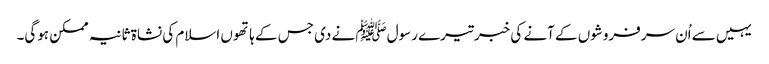
یہیں سے اُن سرفروشوں کے آنے کی خبر تیرے رسولﷺ نے دی جس کے ہاتھوں اسلام کی نشاۃ ثانیہ ممکن ہوگی۔